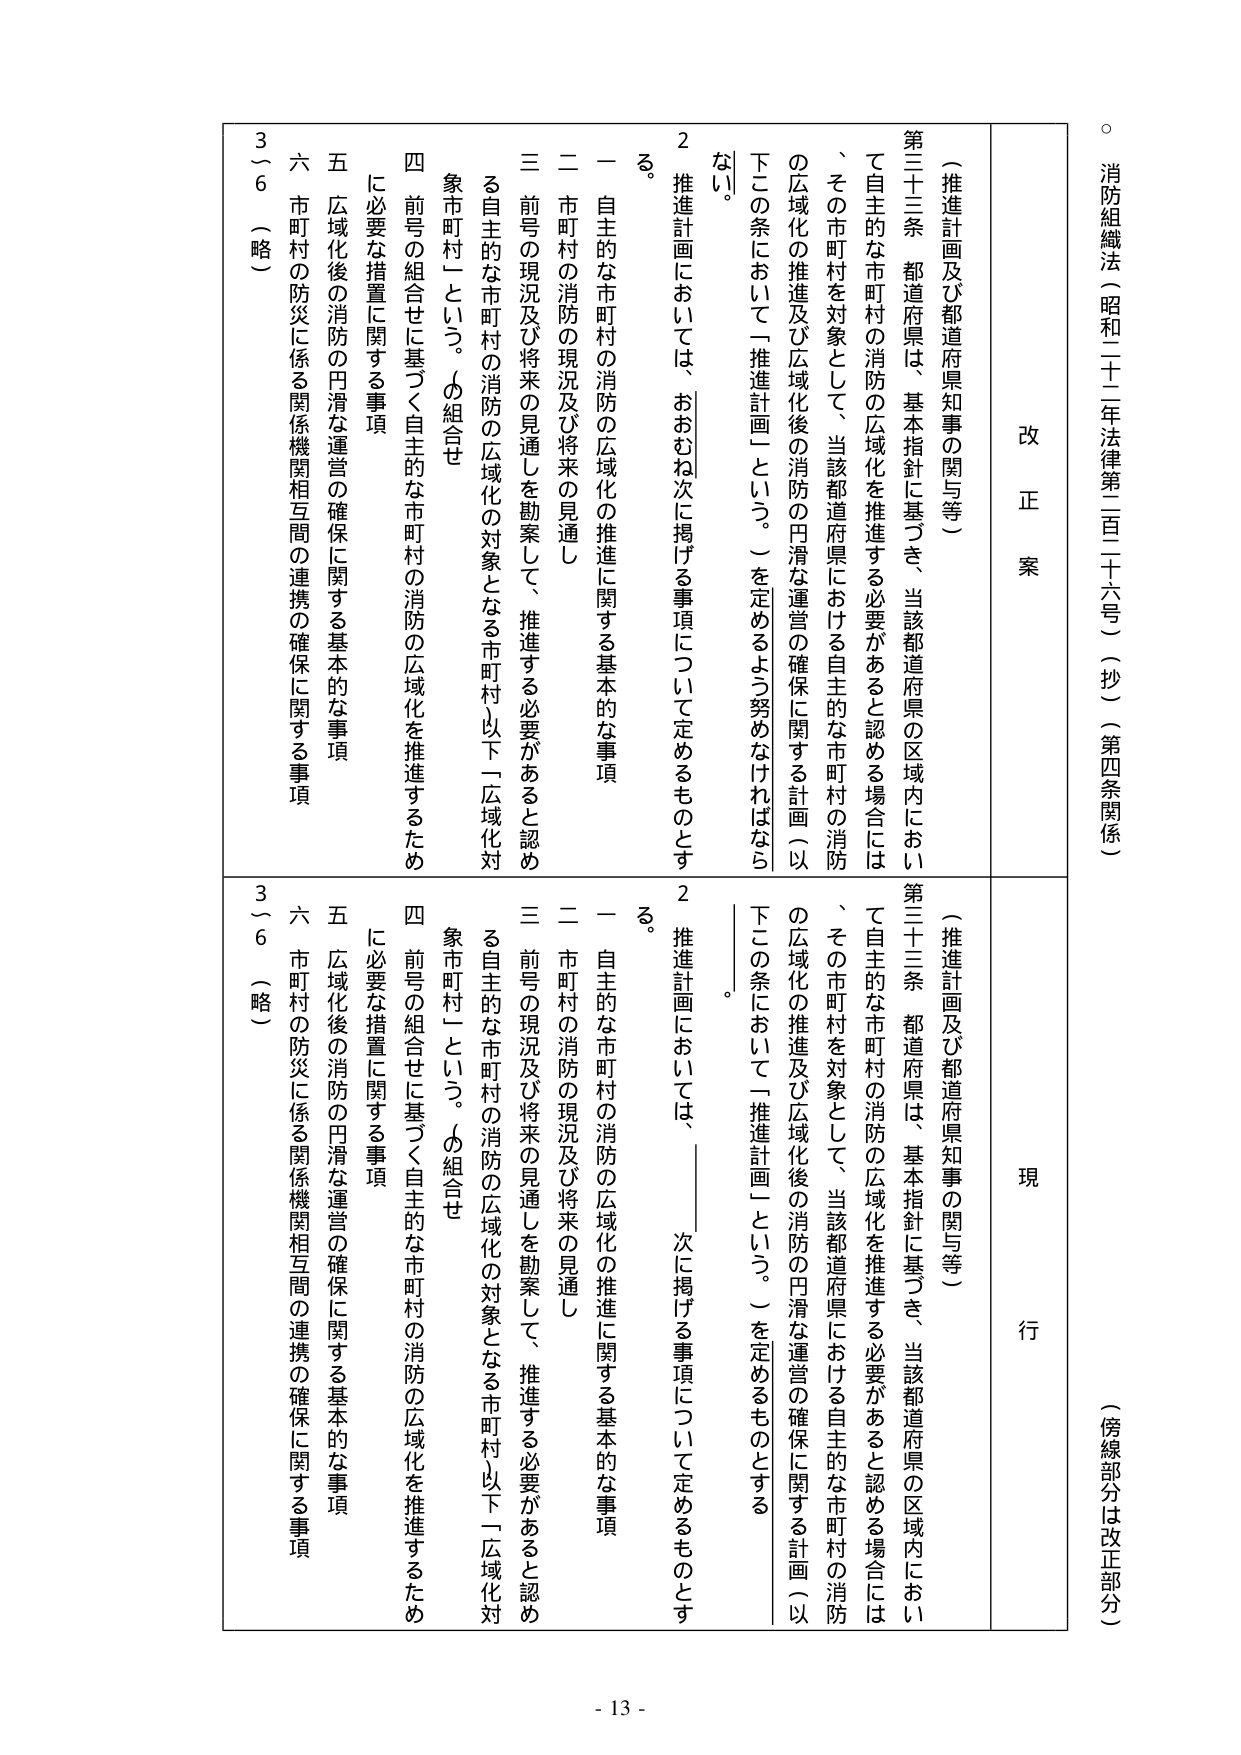
消防組織法（昭和二十二年法律第二百二十六号）（抄）（第四条関係）

（傍線部分は改正部分）

改 正 案

（推進計画及び都道府県知事の関与等）

第三十三条 都道府県は、基本指針に基づき、当該都道府県の区域内において自主的な市町村の消防の広域化を推進する必要があると認める場合には、その市町村を対象として、当該都道府県における自主的な市町村の消防の広域化の推進及び広域化後の消防の円滑な運営の確保に関する計画（以下この条において「推進計画」という。）を定めるよう努めなければならない。

２ 推進計画においては、おおむね次に掲げる事項について定めるものとする。

一 自主的な市町村の消防の広域化の推進に関する基本的な事項

二 市町村の消防の現況及び将来の見通し

三 前号の現況及び将来の見通しを勘案して、推進する必要があると認める自主的な市町村の消防の広域化の対象となる市町村（以下「広域化対象市町村」という。）の組合せ

四 前号の組合せに基づく自主的な市町村の消防の広域化を推進するため に必要な措置に関する事項

五 広域化後の消防の円滑な運営の確保に関する基本的な事項

六 市町村の防災に係る関係機関相互間の連携の確保に関する事項

３～６ （略）

現 行

（推進計画及び都道府県知事の関与等）

第三十三条 都道府県は、基本指針に基づき、当該都道府県の区域内において自主的な市町村の消防の広域化を推進する必要があると認める場合には、その市町村を対象として、当該都道府県における自主的な市町村の消防の広域化の推進及び広域化後の消防の円滑な運営の確保に関する計画（以下この条において「推進計画」という。）を定めるものとする。

２ 推進計画においては、　　　次に掲げる事項について定めるものとする。

一 自主的な市町村の消防の広域化の推進に関する基本的な事項

二 市町村の消防の現況及び将来の見通し

三 前号の現況及び将来の見通しを勘案して、推進する必要があると認める自主的な市町村の消防の広域化の対象となる市町村（以下「広域化対象市町村」という。）の組合せ

四 前号の組合せに基づく自主的な市町村の消防の広域化を推進するため に必要な措置に関する事項

五 広域化後の消防の円滑な運営の確保に関する基本的な事項

六 市町村の防災に係る関係機関相互間の連携の確保に関する事項

３～６ （略）

- 13 -